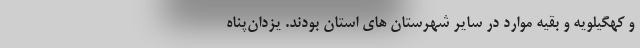
و کهگیلویه و بقیه موارد در سایر شهرستان های استان بودند. یزدان‌پناه